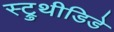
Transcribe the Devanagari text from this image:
स्ट्रुथीडिडे